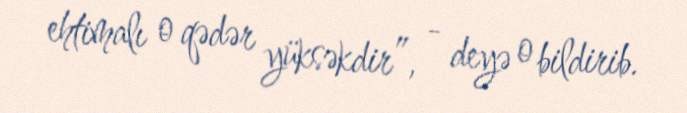
ehtimalı o qədər yüksəkdir”, - deyə o bildirib.